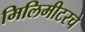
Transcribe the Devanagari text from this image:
मिलिमीटरचे